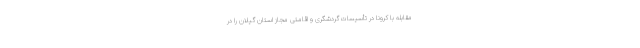
مقابله با کرونا در تأسیسات گردشگری و اقامتی مجاز استان گیلان را در